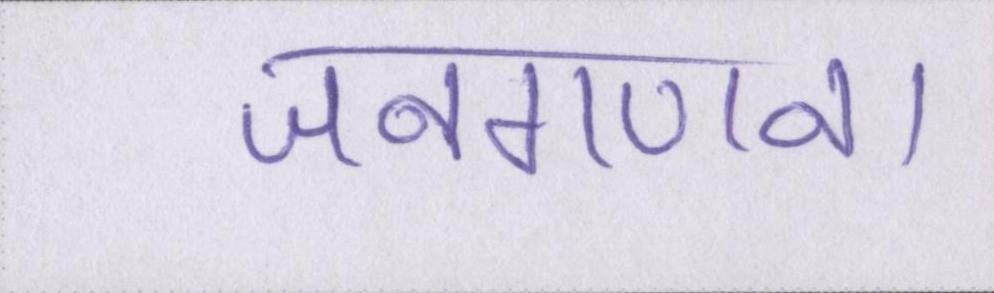
जनगणना